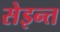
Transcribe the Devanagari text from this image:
सेइन्त